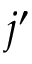
j ^ { \prime }